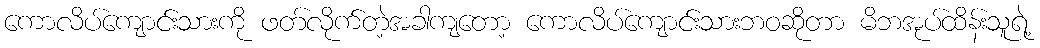
ကောလိပ်ကျောင်းသားကို ဖတ်လိုက်တဲ့အခါကျတော့ ကောလိပ်ကျောင်းသားဘဝဆိုတာ မိဘအုပ်ထိန်းသူရဲ့